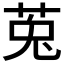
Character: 莵